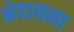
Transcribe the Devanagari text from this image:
भेदायला